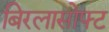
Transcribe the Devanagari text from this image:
बिरलासोफ्ट